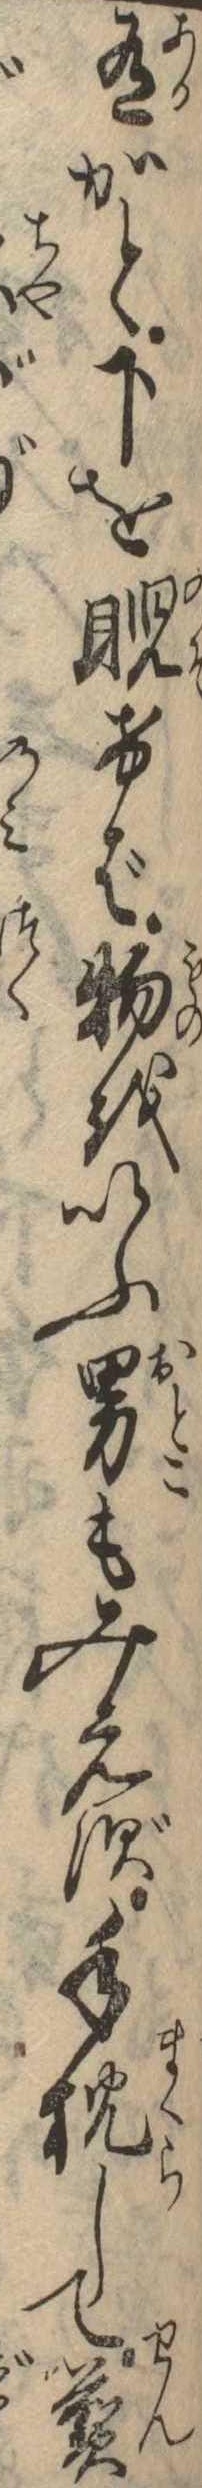
有かと下を睨けば物をいふ男もみえず手枕して煎